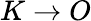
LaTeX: K\to O